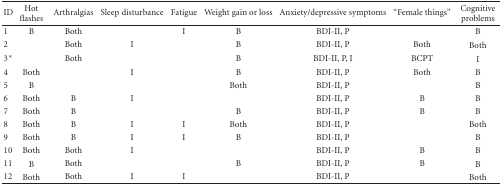
<table><thead><tr><td><b>ID</b></td><td><b>Hot flashes</b></td><td><b>Arthralgias</b></td><td><b>Sleep disturbance</b></td><td><b>Fatigue</b></td><td><b>Weight gain or loss</b></td><td><b>Anxiety/depressive symptoms</b></td><td><b>“Female things”</b></td><td><b>Cognitive problems</b></td></tr></thead><tbody><tr><td>1</td><td>B</td><td>Both</td><td> </td><td>I</td><td>B</td><td>BDI-II, P</td><td> </td><td>B</td></tr><tr><td>2</td><td> </td><td>Both</td><td>I</td><td> </td><td>B</td><td>BDI-II, P</td><td>Both</td><td>Both</td></tr><tr><td>3*</td><td> </td><td>Both</td><td> </td><td> </td><td>B</td><td>BDI-II, P, I</td><td>BCPT</td><td>I</td></tr><tr><td>4</td><td>Both</td><td> </td><td>I</td><td> </td><td>B</td><td>BDI-II, P</td><td>Both</td><td>B</td></tr><tr><td>5</td><td>B</td><td> </td><td> </td><td> </td><td>Both</td><td>BDI-II, P</td><td> </td><td>B</td></tr><tr><td>6</td><td>Both</td><td>B</td><td>I</td><td> </td><td> </td><td>BDI-II, P</td><td>B</td><td>B</td></tr><tr><td>7</td><td>Both</td><td>B</td><td> </td><td> </td><td>B</td><td>BDI-II, P</td><td>B</td><td>B</td></tr><tr><td>8</td><td>Both</td><td>B</td><td>I</td><td>I</td><td>Both</td><td>BDI-II, P</td><td> </td><td>Both</td></tr><tr><td>9</td><td>Both</td><td>B</td><td>I</td><td>I</td><td>B</td><td>BDI-II, P</td><td> </td><td>B</td></tr><tr><td>10</td><td>Both</td><td>Both</td><td>I</td><td> </td><td> </td><td>BDI-II, P</td><td>B</td><td>B</td></tr><tr><td>11</td><td>B</td><td>Both</td><td> </td><td> </td><td>B</td><td>BDI-II, P</td><td>B</td><td>B</td></tr><tr><td>12</td><td>Both</td><td>Both</td><td>I</td><td>I</td><td> </td><td>BDI-II, P</td><td> </td><td>Both</td></tr></tbody></table>